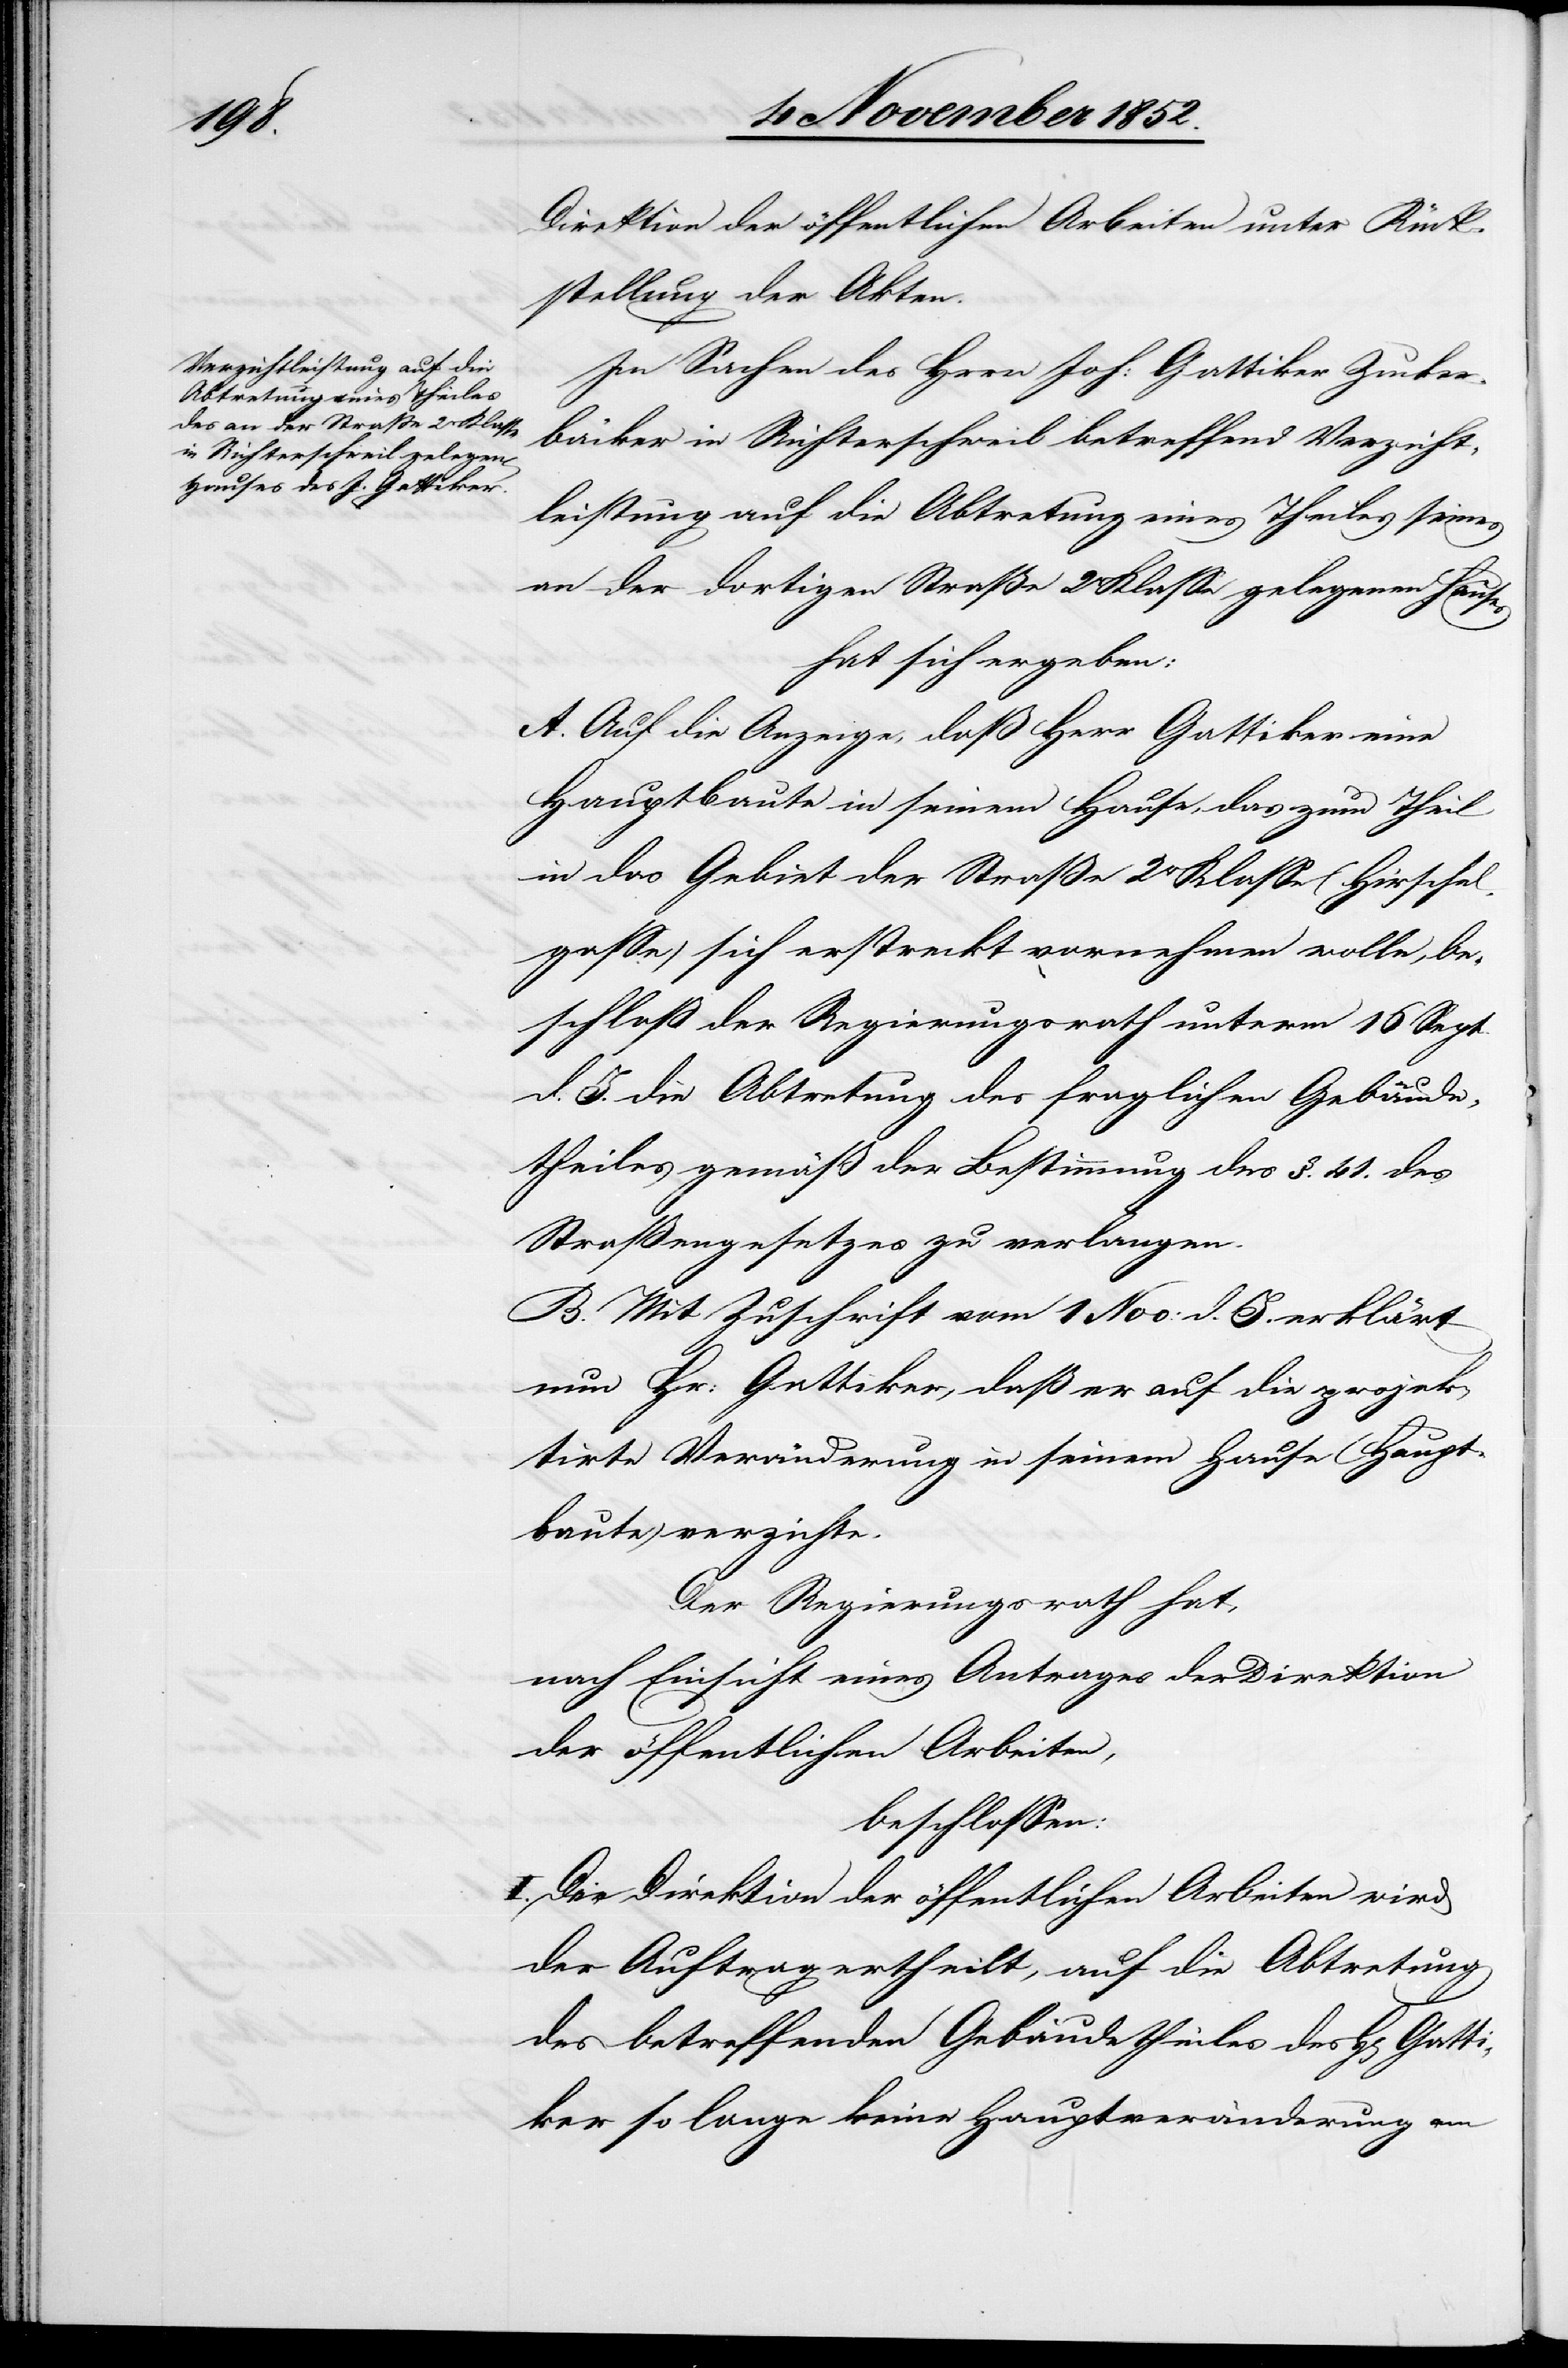
Gatti¬

Direktion der öffentlichen Arbeiten unter Rück¬
stellung der Akten.
In Sachen des H[e]rrn Joh: Gattiker Zucker¬
bäcker in Richterschweil betreffend Verzicht¬
leistung auf die Abtretung eines Theiles seines
an der dortigen Straße 2r Klasse gelegenen Hauses
hat sich ergeben:
A. Auf die Anzeige, daß Herr Gattiker eine
Hauptbaute in seinem Hause, das zum Theil
in das Gebiet der Straße 2r Klasse (Hirschel¬
gasse) sich erstreckt vornehmen wolle, be¬
schloß der Regierungsrath unterm 16 Sept.
d. J. die Abtretung des fraglichen Gebäude¬
theiles gemäß der Bestimmung des §. 41. des
Straßengesetzes zu verlangen.
B. Mit Zuschrift vom 1 Nov: d. J. erklärt
nun Hr. Gattiker, daß er auf die projek¬
tirte Veränderung in seinem Hause (Haupt¬
baute) verzichte.
Der Regierungsrath hat,
nach Einsicht eines Antrages der Direktion
der öffentlichen Arbeiten,
beschlossen:
I. Der Direktion der öffentlichen Arbeiten wird
der Auftrag ertheilt, auf die Abtretung
des betreffenden Gebäudetheiles des H[errn]
ker so lange keine Hauptveränderung am